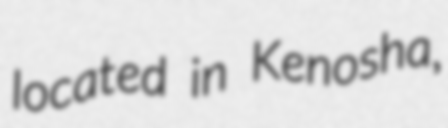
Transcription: located in Kenosha,